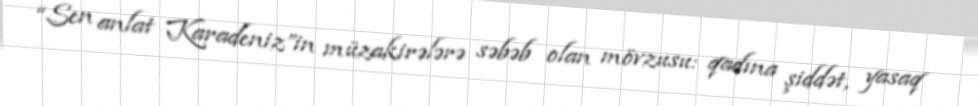
“Sen anlat Karadeniz”in müzakirələrə səbəb olan mövzusu: qadına şiddət, yasaq